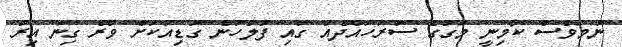
ނަމަވެސް ކާމިނީ މަގުގެ ސަރަހައްދެއް ގައި ފުލުހުން ގަޑިއަކަށް ވުރެ ގިނަ އިރު